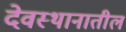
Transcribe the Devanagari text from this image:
देवस्थानातील